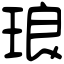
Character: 琅